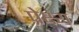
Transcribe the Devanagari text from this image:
प्रेक्ष्य